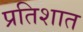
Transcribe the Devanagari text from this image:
प्रतिशात